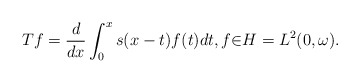
\begin{align*}Tf=\frac{d}{dx}\int_{0}^{x}s(x-t)f(t)dt,f{\in}H=L^{2}(0,\omega).\end{align*}